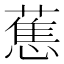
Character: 𮶴